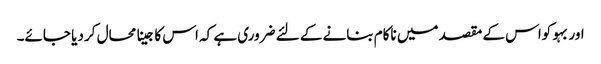
اور بہو کواس کے مقصد میں ناکام بنانے کے لئے ضروری ہے کہ اس کا جینا محال کر دیا جائے۔